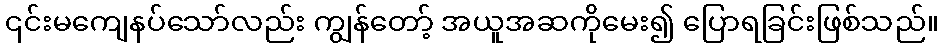
၎င်းမကျေနပ်သော်လည်း ကျွန်တော့် အယူအဆကိုမေး၍ ပြောရခြင်းဖြစ်သည်။